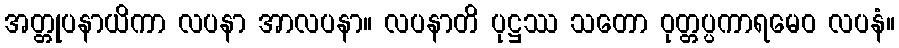
အတ္တုပနာယိကာ လပနာ အာလပနာ။ လပနာတိ ပုဋ္ဌဿ သတော ဝုတ္တပ္ပကာရမေဝ လပနံ။